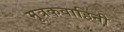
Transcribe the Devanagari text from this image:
मूत्रकवाहिनी